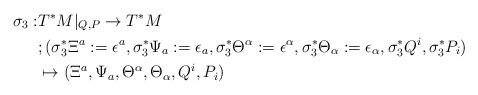
LaTeX: \begin{align*}\sigma_{3}:&T^{*}M|_{Q,P}\rightarrow T^{*}M\\&;(\sigma_{3}^{*}\Xi^{a}:=\epsilon^{a},\sigma_{3}^{*}\Psi_{a}:=\epsilon_{a},\sigma_{3}^{*}\Theta^{\alpha}:=\epsilon^{\alpha},\sigma_{3}^{*}\Theta_{\alpha}:=\epsilon_{\alpha},\sigma_{3}^{*}Q^{i},\sigma_{3}^{*}P_{i})\\&\mapsto (\Xi^{a},\Psi_{a},\Theta^{\alpha},\Theta_{\alpha},Q^{i},P_{i})\end{align*}